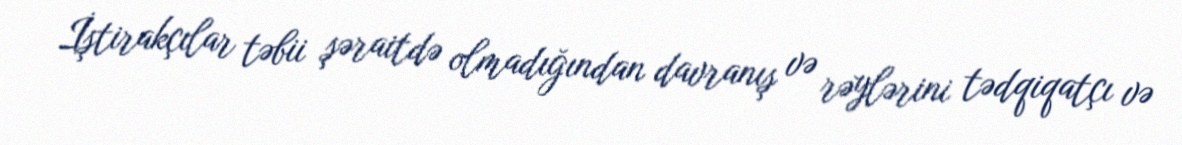
İştirakçılar təbii şəraitdə olmadığından davranış və rəylərini tədqiqatçı və